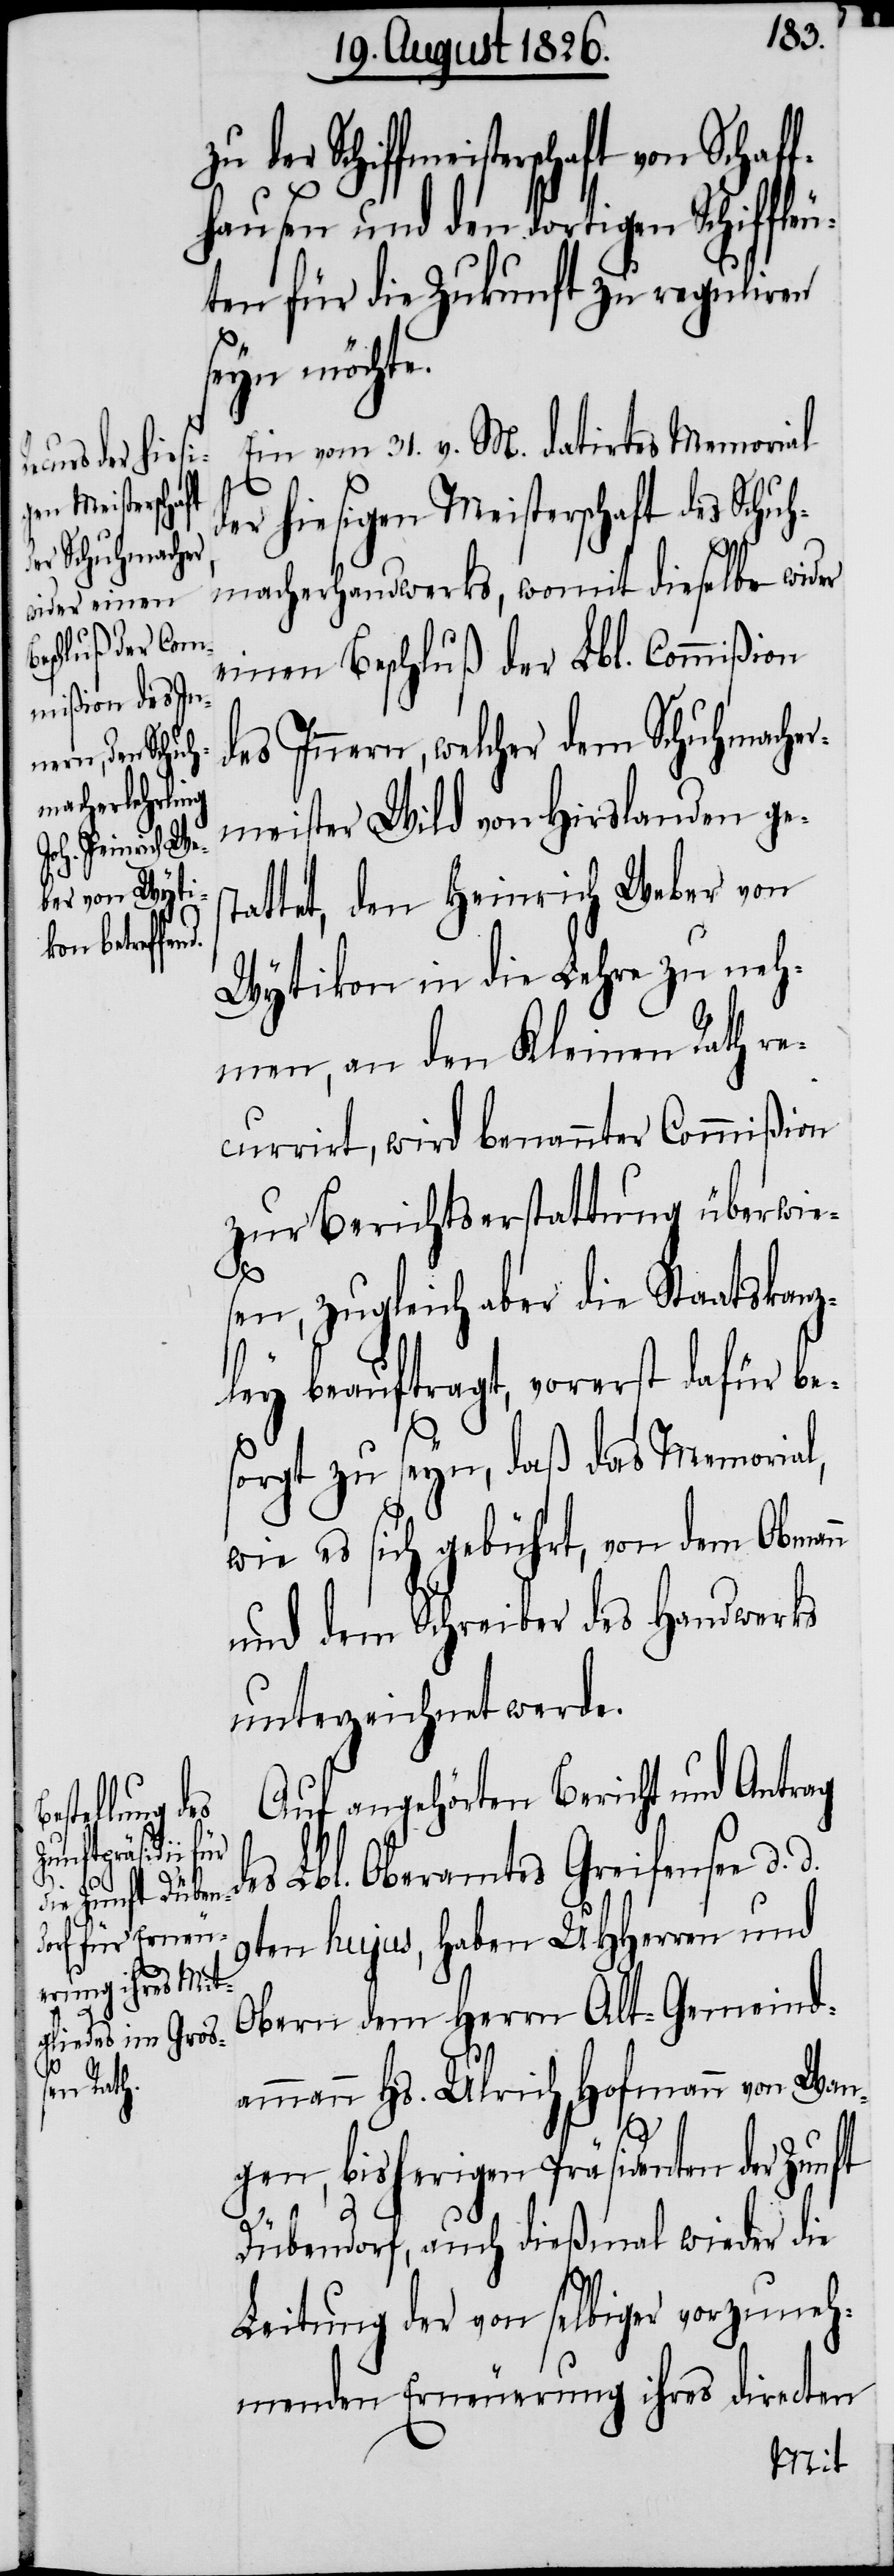
zu der Sch¬

iffmeisterschaft von Schaff¬
hausen und den dortigen Schiffle¬
ten für die Zukunft zu reguliren
seyn möchte.
Ein vom 31. v. M. datirtes Memorial
der hiesigen Meisterschaft des Schuh¬
macherhandwerks, womit dieselbe wider
einen Beschluß der Lbl. Commißion
des Innern, welcher dem Schuhmacher¬
meister Wild von Hirslanden ge¬
tattet, den Heinrich Weber von
Wytikon in die Lehre zu neh¬
men, an den Kleinen Rath re¬
currirt, wird benannter Commißion
zur Berichtserstattung überwie¬
d.
sen, zugleich aber die Staatskanz¬
ley beauftragt, vorerst dafür be¬
sorgt zu seyn, daß das Memorial,
wie es sich gebührt, von dem Obman¬
und dem Schreiber des Handwerks
unterzeichnet werde.
Auf angehörten Bericht und Antrag
des Lbl. Oberamtes Greifensee d.
9ten hujus, haben MHHerren und
Obern dem Herrn Alt-Gemeind¬
ammann Hs. Ulrich Hofmann von Wan¬
gen, bisherigen Präsidenten der Zunft
Dübendorf, auch dießmal wieder die
Leitung der von selbiger vorzuneh¬
menden Erneuerung ihres directen

n